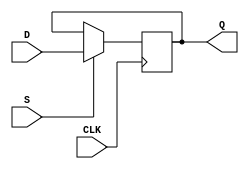
module d_ff_with_set (
    input D,
    input CLK,
    input S,
    output reg Q
);

always @(posedge CLK) begin
    if (S) begin
        Q <= D;
    end
end

endmodule